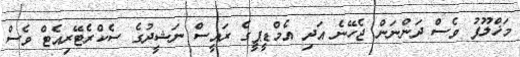
މަޚްލޫފު ވެސް ދަންނަން ޖެހޭނެ އަދި އެމްޑީޕީގެ ރައީސް ނަޝީދުގެ ސެކްރެޓޭރިއެޓް ވެސް